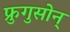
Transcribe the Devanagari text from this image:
फ्रुगुसोन्